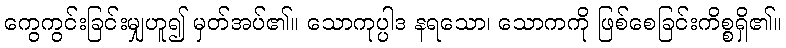
ကွေကွင်းခြင်းမျှဟူ၍ မှတ်အပ်၏။ သောကုပ္ပါဒ နရသော၊ သောကကို ဖြစ်စေခြင်းကိစ္စရှိ၏။